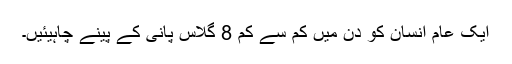
ایک عام انسان کو دن میں کم سے کم 8 گلاس پانی کے پینے چاہیئیں۔